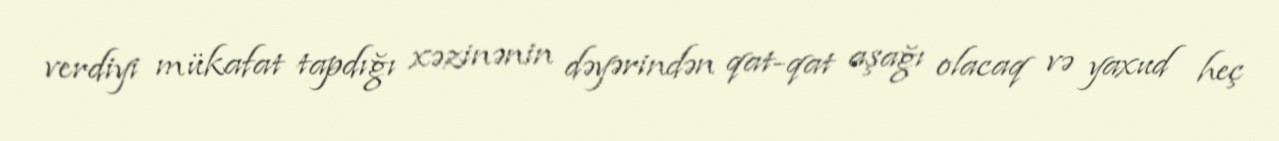
verdiyi mükafat tapdığı xəzinənin dəyərindən qat-qat aşağı olacaq və yaxud heç